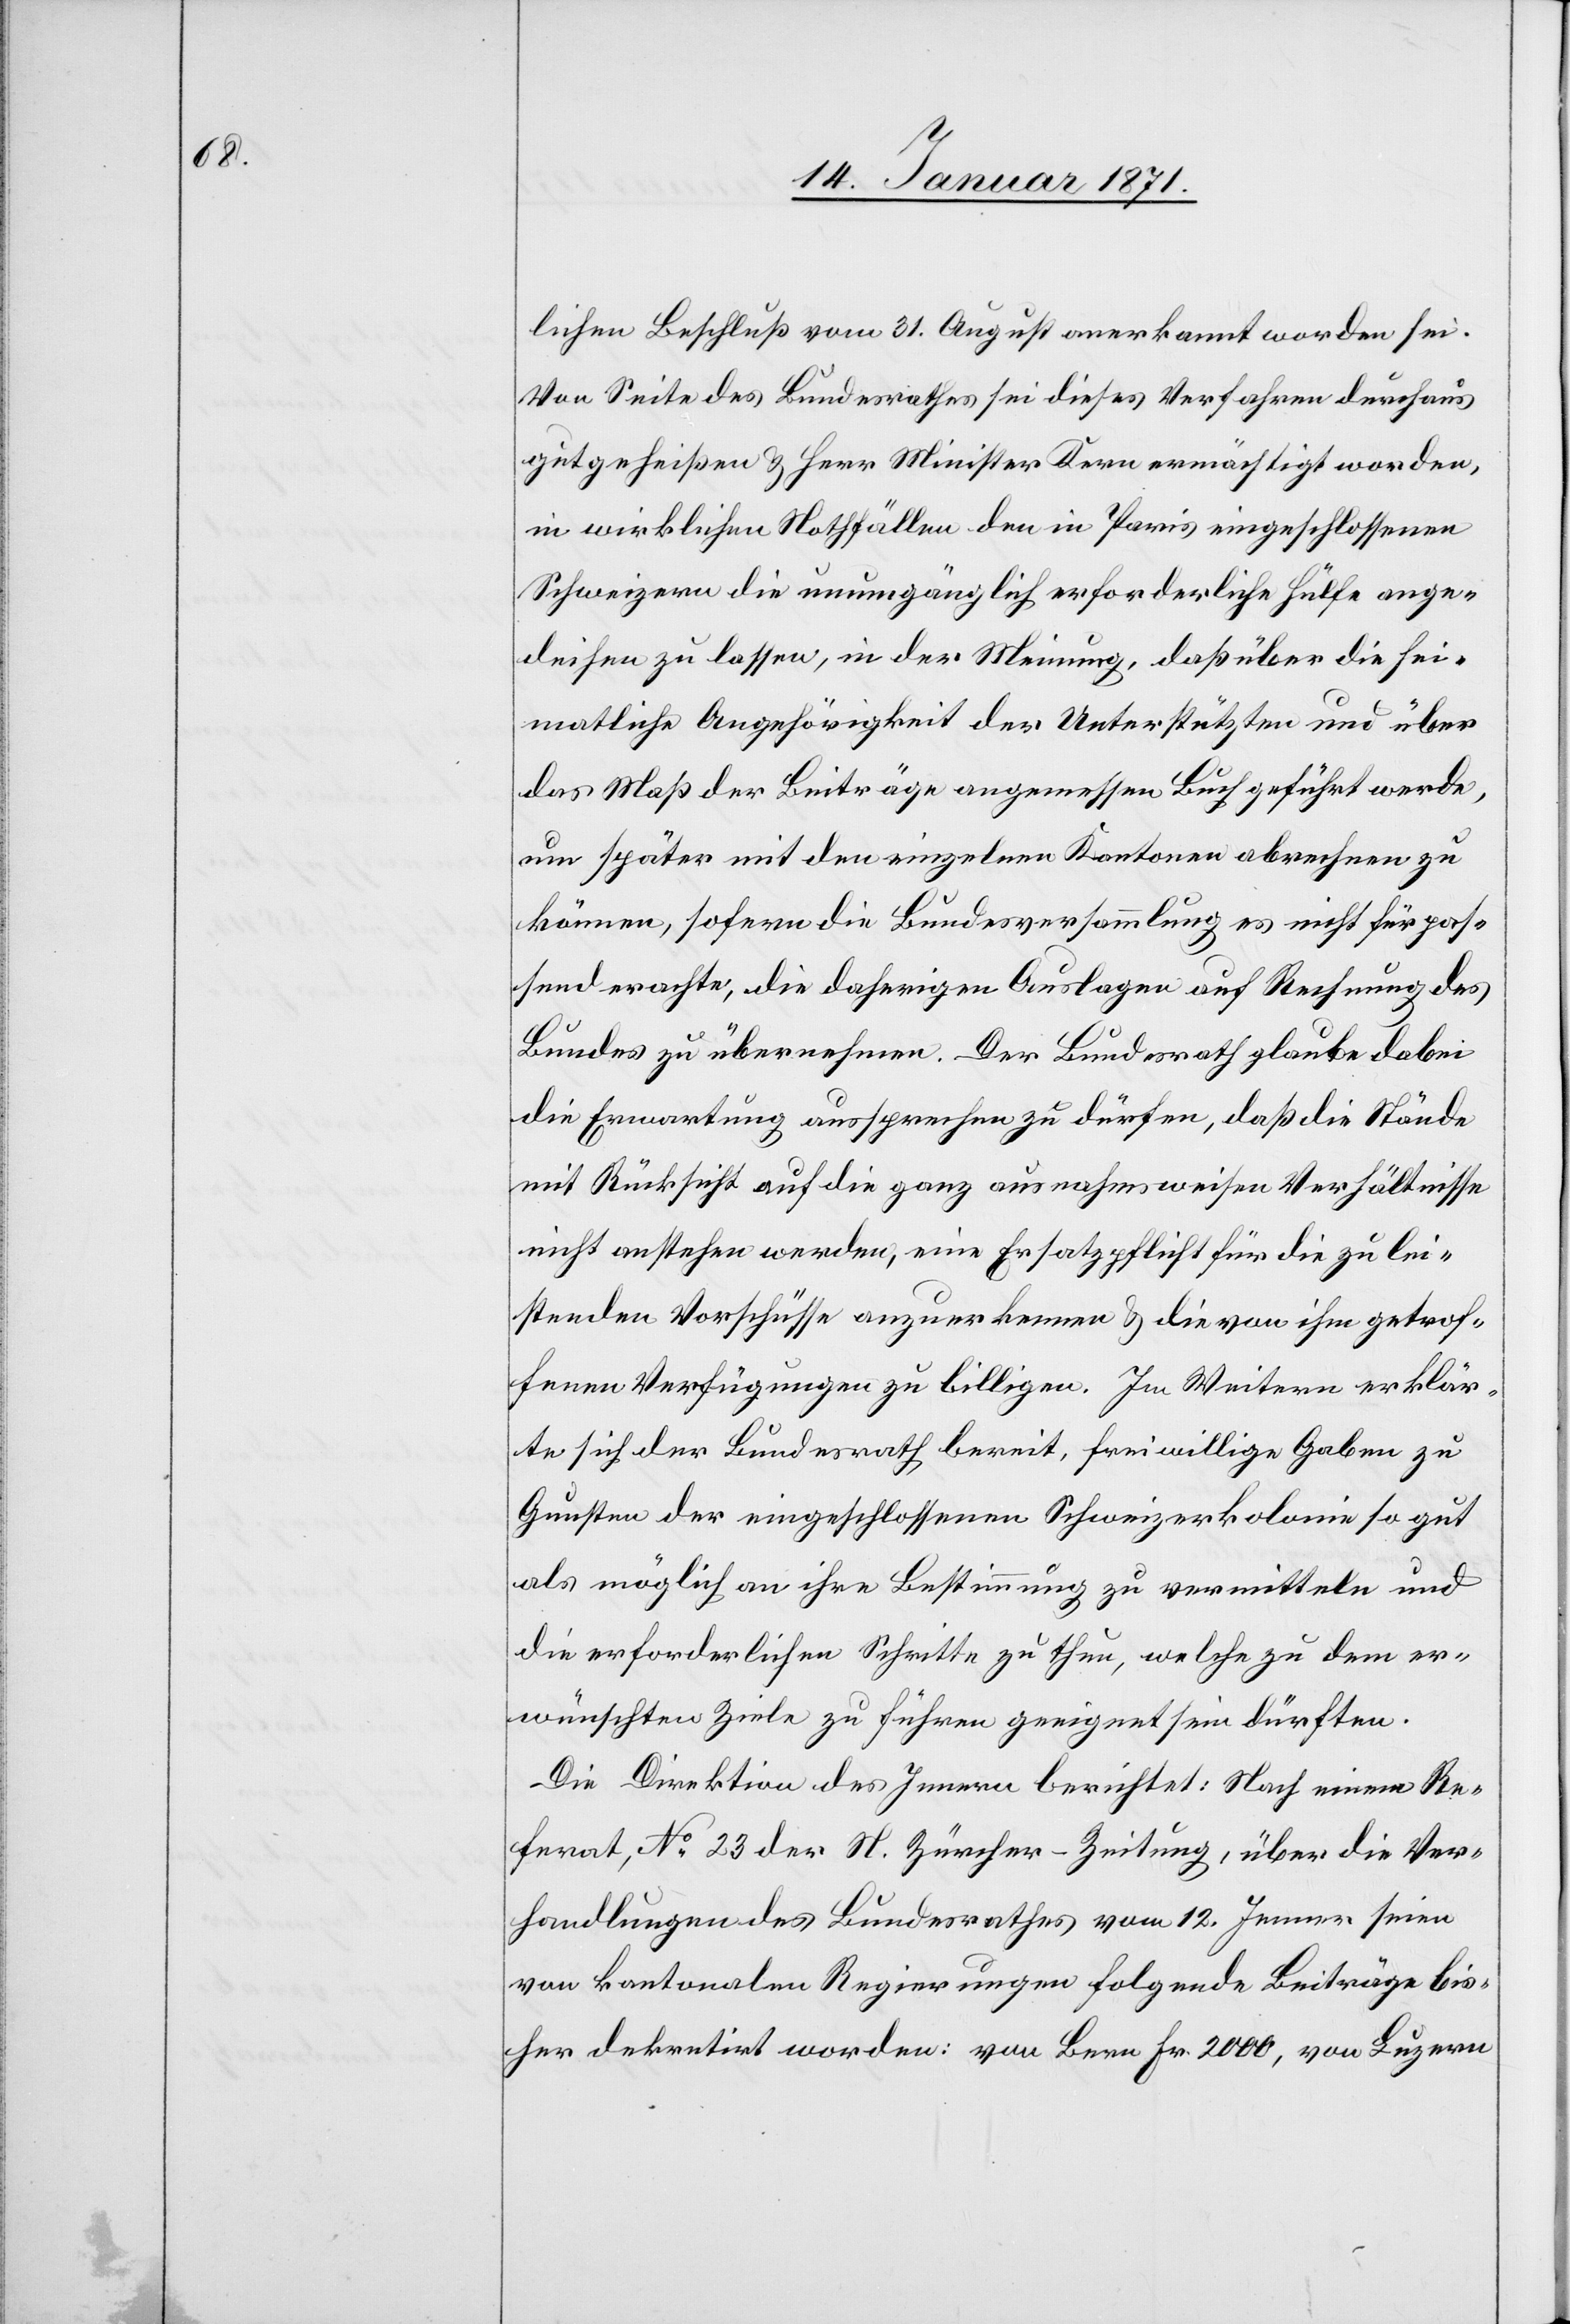
lichen Beschluß vom 31. August anerkannt worden sei.
Von Seite des Bundesrathes sei dieses Verfahren durchaus
gutgeheißen u. Herr Minister Kern ermächtigt worden,
in wirklichen Notfällen den in Paris eingeschlossenen
Schweizern die unumgängliche erforderliche Hülfe ange¬
deihen zu lassen, in der Meinung, daß über die hei¬
matliche Angehörigkeit der Unterstützten und über
das Maß der Beiträge angemessen Buch geführt werde,
um später mit den einzelnen Kantonen abrechnen zu
können, sofern die Bundesversammlung es nicht für pas¬
send erachte, die daherigen Auslagen auf Rechnung des
Bundes zu übernehmen. Der Bundesrath glaube dabei
die Erwartung aussprechen zu dürfen, daß die Stände
mit Rücksicht auf die ganz ausnahmsweisen Verhältnisse
nicht anstehen werden, eine Ersatzpflicht für die zu lei¬
stenden Vorschüsse anzuerkennen u. die von ihm getrof¬
fenen Verfügungen zu billigen. Im Weitern erklär¬
te sich der Bundesrath bereit, freiwillige Gaben zu
Gunsten der eingeschlossenen Schweizerkolonie so gut
als möglich an ihre Bestimmung zu vermitteln und
die erforderlichen Schritte zu thun, welche zu dem er¬
wünschten Ziele zu führen geeignet sein dürften.
Die Direktion des Innern berichtet: Nach einem Re¬
ferat, No 23 der N. Zürcher-Zeitung, über die Ver¬
handlungen des Bundesrathes vom 12. Jenner seien
von kantonalen Regierungen folgende Beiträge bis¬
her dekretirt worden: von Bern Fr. 2000, von Luzern